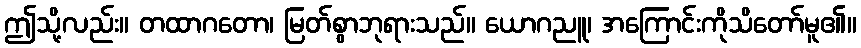
ဤသို့လည်း။ တထာဂတော၊ မြတ်စွာဘုရားသည်။ ယောဂညူ၊ အကြောင်းကိုသိတော်မူ၏။